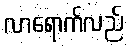
လာရောက်လည်